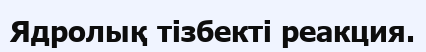
Ядролық тізбекті реакция.